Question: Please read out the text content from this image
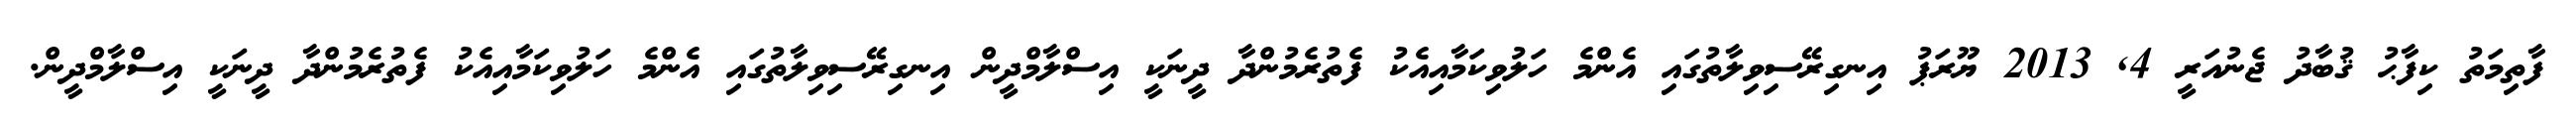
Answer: ފާތިމަތު ކިފާޙު ޤުބާދު ޖެނުއަރީ 4, 2013 ޔޫރަޕު އިނގިރޭސިވިލާތުގައި އެންމެ ހަލުވިކަމާއިއެކު ފެތުރެމުންދާ ދީނަކީ އިސްލާމްދީން އިނގިރޭސިވިލާތުގައި އެންމެ ހަލުވިކަމާއިއެކު ފެތުރެމުންދާ ދީނަކީ އިސްލާމްދީން.